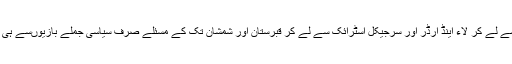
نوٹ بندی سے لے کر لاء اینڈ آرڈر اور سرجیکل اسٹرائک سے لے کر قبرستان اور شمشان تک کے مسئلے صرف سیاسی جملے بازیوںسے ہی ظاہر ہوئے۔